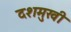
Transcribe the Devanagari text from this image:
दशमुखी